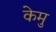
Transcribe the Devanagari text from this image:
केमु